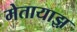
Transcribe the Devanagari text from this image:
मेतायाझ़